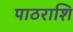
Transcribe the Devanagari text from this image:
पाठराशि